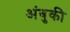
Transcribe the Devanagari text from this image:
अंबुकी